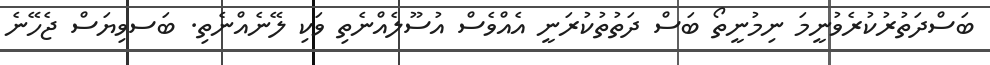
ބަސްދަތުރުކުރެވުނީމަ ނިމުނީތޯ ބަސް ދަތުތުކުރަނީ އެއްވެސް އުސޫލެއްނެތި ވަކި ލޭނެއްނެތި. ބަސވިޔަސް ޖެހޭނެ